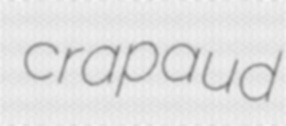
crapaud